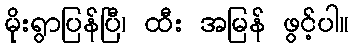
မိုးရွာပြန်ပြီ၊ ထီး အမြန် ဖွင့်ပါ။